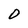
Character: D